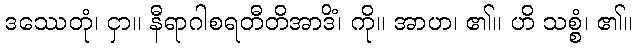
ဒဿေတုံ၊ ငှာ။ နီရာဂါစရတီတိအာဒိံ၊ ကို။ အာဟ၊ ၏။ ဟိ သစ္စံ၊ ၏။